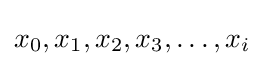
x_{0},x_{1},x_{2},x_{3},\ldots ,x_{i}